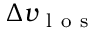
\Delta v _ { \mathrm { ~ l ~ o ~ s ~ } }